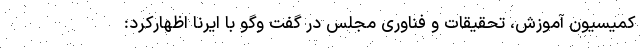
کمیسیون آموزش، تحقیقات و فناوری مجلس در گفت وگو با ایرنا اظهارکرد: